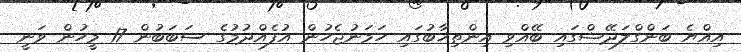
އިއްޔެ ބަންގްލަދޭޝްގައި ބޭއްވި އިންތިޚާބުގައި ހަމަނުޖެހުން އުފެއްދުމުގެ ސަބަބުން 17 މީހުން ވަނީ